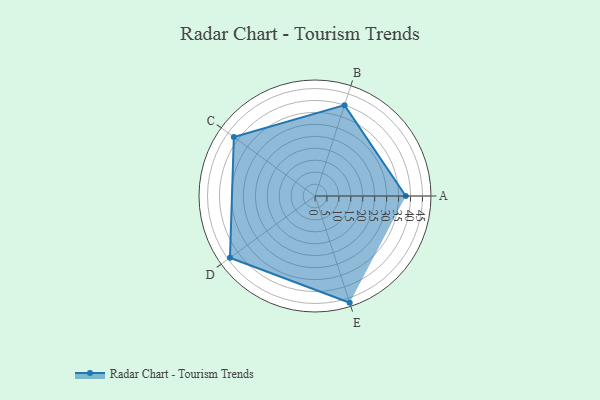
{"axis": {"x": "Skill", "y": "Score"}, "legend": ["Profile"], "data": [{"x": "A", "y": 38.0, "type": "Profile"}, {"x": "B", "y": 40.0, "type": "Profile"}, {"x": "C", "y": 42.0, "type": "Profile"}, {"x": "D", "y": 44.0, "type": "Profile"}, {"x": "E", "y": 47.0, "type": "Profile"}]}